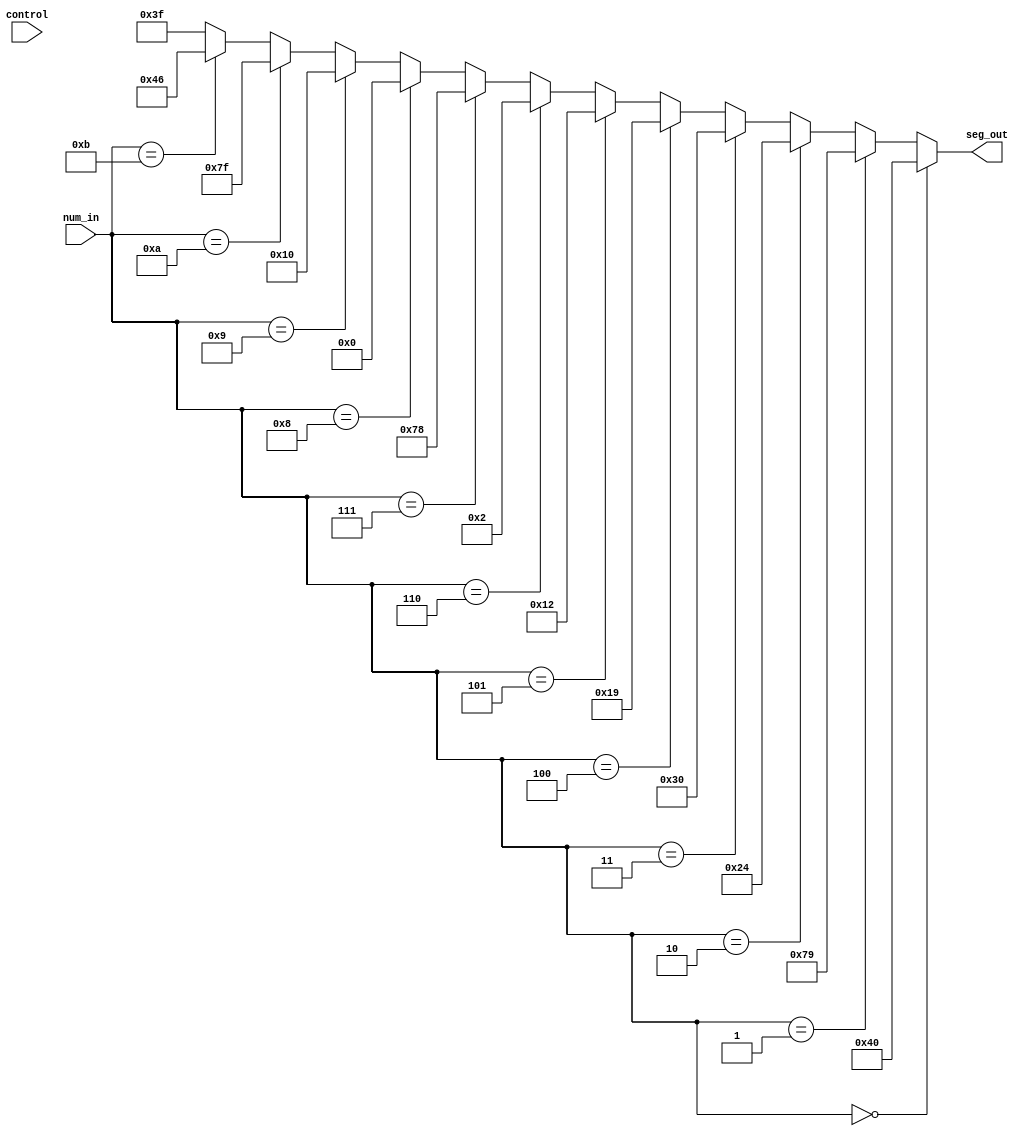
`timescale 1ns / 1ps
//////////////////////////////////////////////////////////////////////////////////////////
// Company: Digilent Inc.
// 
// Module Name:    seven_seg_decoder
// Project Name: 	 PmodGYRO_Demo
// Target Devices: Nexys3
// Tool versions:  ISE 14.1
// Description: Produces cathode signals for displaying digits on the SSD.
//
// Revision History: 
// 						Revision 0.01 - File Created (Andrew Skreen)
//							Revision 1.00 - Added Comments and Converted to Verilog (Josh Sackos)
//////////////////////////////////////////////////////////////////////////////////////////

// ==============================================================================
// 										  Define Module
// ==============================================================================
module seven_seg_decoder(
		num_in,
		control,
		seg_out
//		display_sel
);

// ==============================================================================
// 									   Port Declarations
// ==============================================================================
			input [3:0]  num_in;
			input [1:0]  control;
			output [6:0] seg_out;
//			input        display_sel;
   
   
// ==============================================================================
// 						     Parameters, Registers, and Wires
// ==============================================================================
			wire [6:0]   seg_out_bcd;
//			wire [6:0]   seg_out_hex;
//			wire [6:0]   seg_out_buf;
   
// ==============================================================================
// 										Implementation
// ==============================================================================

//			// If displaying hex, then make digit 4 on the SSD be an "H"
//			assign seg_out = (control == 2'b11 & display_sel == 1'b0) ? 7'b0001001 : seg_out_buf;
//			
//			// Select either the HEX data or Dec. data to display on the SSD.
//			assign seg_out_buf = (display_sel == 1'b1) ? seg_out_bcd : seg_out_hex;

			assign seg_out = seg_out_bcd;

			
			// Decimal decoder
			assign seg_out_bcd = (num_in == 4'b0000) ? 7'b1000000 : 		//0
										(num_in == 4'b0001) ? 7'b1111001 : 		//1
										(num_in == 4'b0010) ? 7'b0100100 : 		//2
										(num_in == 4'b0011) ? 7'b0110000 : 		//3
										(num_in == 4'b0100) ? 7'b0011001 : 		//4
										(num_in == 4'b0101) ? 7'b0010010 : 		//5
										(num_in == 4'b0110) ? 7'b0000010 : 		//6
										(num_in == 4'b0111) ? 7'b1111000 : 		//7
										(num_in == 4'b1000) ? 7'b0000000 : 		//8
										(num_in == 4'b1001) ? 7'b0010000 : 		//9
										(num_in == 4'b1010) ? 7'b1111111 : 		//nothing when positive
										(num_in == 4'b1011) ? 7'b1000110 : 		//C for temperature reading
										7'b0111111;										//minus sign

//			// Hex decoder
//			assign seg_out_hex = (num_in == 4'b0000) ? 7'b1000000 : 		//0
//										(num_in == 4'b0001) ? 7'b1111001 : 		//1
//										(num_in == 4'b0010) ? 7'b0100100 : 		//2
//										(num_in == 4'b0011) ? 7'b0110000 : 		//3
//										(num_in == 4'b0100) ? 7'b0011001 : 		//4
//										(num_in == 4'b0101) ? 7'b0010010 : 		//5
//										(num_in == 4'b0110) ? 7'b0000010 : 		//6
//										(num_in == 4'b0111) ? 7'b1111000 : 		//7
//										(num_in == 4'b1000) ? 7'b0000000 : 		//8
//										(num_in == 4'b1001) ? 7'b0010000 : 		//9
//										(num_in == 4'b1010) ? 7'b0001000 : 		//A
//										(num_in == 4'b1011) ? 7'b0000011 : 		//B
//										(num_in == 4'b1100) ? 7'b1000110 : 		//C
//										(num_in == 4'b1101) ? 7'b0100001 : 		//D
//										(num_in == 4'b1110) ? 7'b0000110 : 		//E
//										7'b0001110;										//F
   
endmodule